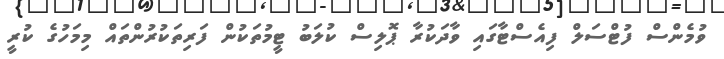
ވުމެންސް ފުޓްސަލް ފިއެސްޓާގައި ވާދަކުރާ ޕޮލިސް ކުލަބު ޓީމުތަކުން ފަރިތަކުރުންތައް މިމަހުގެ ކުރީ